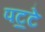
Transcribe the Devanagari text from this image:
पट॒टे